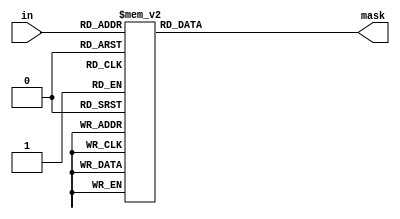
// Copyright 2007 Altera Corporation. All rights reserved.  
// Altera products are protected under numerous U.S. and foreign patents, 
// maskwork rights, copyrights and other intellectual property laws.  
//
// This reference design file, and your use thereof, is subject to and governed
// by the terms and conditions of the applicable Altera Reference Design 
// License Agreement (either as signed by you or found at www.altera.com).  By
// using this reference design file, you indicate your acceptance of such terms
// and conditions between you and Altera Corporation.  In the event that you do
// not agree with such terms and conditions, you may not use the reference 
// design file and please promptly destroy any copies you have made.
//
// This reference design file is being provided on an "as-is" basis and as an 
// accommodation and therefore all warranties, representations or guarantees of 
// any kind (whether express, implied or statutory) including, without 
// limitation, warranties of merchantability, non-infringement, or fitness for
// a particular purpose, are specifically disclaimed.  By making this reference
// design file available, Altera expressly does not recommend, suggest or 
// require that this reference design file be used in combination with any 
// other product not provided by Altera.
/////////////////////////////////////////////////////////////////////////////

module mask_16 (in,mask);
input [3:0] in;
output [15:0] mask;
reg [15:0] mask;

parameter FROM_MSB = 1'b1;
parameter DIAG_ONES = 1'b1;

generate
  if (!FROM_MSB && !DIAG_ONES) begin
    always @(in) begin
    case (in)
      4'd0: mask=16'b0000000000000000;
      4'd1: mask=16'b0000000000000001;
      4'd2: mask=16'b0000000000000011;
      4'd3: mask=16'b0000000000000111;
      4'd4: mask=16'b0000000000001111;
      4'd5: mask=16'b0000000000011111;
      4'd6: mask=16'b0000000000111111;
      4'd7: mask=16'b0000000001111111;
      4'd8: mask=16'b0000000011111111;
      4'd9: mask=16'b0000000111111111;
      4'd10: mask=16'b0000001111111111;
      4'd11: mask=16'b0000011111111111;
      4'd12: mask=16'b0000111111111111;
      4'd13: mask=16'b0001111111111111;
      4'd14: mask=16'b0011111111111111;
      4'd15: mask=16'b0111111111111111;
      default: mask=0;
    endcase
    end
  end
  else if ( FROM_MSB && !DIAG_ONES) begin
    always @(in) begin
    case (in)
      4'd0: mask=16'b0000000000000000;
      4'd1: mask=16'b1000000000000000;
      4'd2: mask=16'b1100000000000000;
      4'd3: mask=16'b1110000000000000;
      4'd4: mask=16'b1111000000000000;
      4'd5: mask=16'b1111100000000000;
      4'd6: mask=16'b1111110000000000;
      4'd7: mask=16'b1111111000000000;
      4'd8: mask=16'b1111111100000000;
      4'd9: mask=16'b1111111110000000;
      4'd10: mask=16'b1111111111000000;
      4'd11: mask=16'b1111111111100000;
      4'd12: mask=16'b1111111111110000;
      4'd13: mask=16'b1111111111111000;
      4'd14: mask=16'b1111111111111100;
      4'd15: mask=16'b1111111111111110;
      default: mask=0;
    endcase
    end
  end
  else if (!FROM_MSB &&  DIAG_ONES) begin
    always @(in) begin
    case (in)
      4'd0: mask=16'b0000000000000001;
      4'd1: mask=16'b0000000000000011;
      4'd2: mask=16'b0000000000000111;
      4'd3: mask=16'b0000000000001111;
      4'd4: mask=16'b0000000000011111;
      4'd5: mask=16'b0000000000111111;
      4'd6: mask=16'b0000000001111111;
      4'd7: mask=16'b0000000011111111;
      4'd8: mask=16'b0000000111111111;
      4'd9: mask=16'b0000001111111111;
      4'd10: mask=16'b0000011111111111;
      4'd11: mask=16'b0000111111111111;
      4'd12: mask=16'b0001111111111111;
      4'd13: mask=16'b0011111111111111;
      4'd14: mask=16'b0111111111111111;
      4'd15: mask=16'b1111111111111111;
      default: mask=0;
    endcase
    end
  end
  else if ( FROM_MSB &&  DIAG_ONES) begin
    always @(in) begin
    case (in)
      4'd0: mask=16'b1000000000000000;
      4'd1: mask=16'b1100000000000000;
      4'd2: mask=16'b1110000000000000;
      4'd3: mask=16'b1111000000000000;
      4'd4: mask=16'b1111100000000000;
      4'd5: mask=16'b1111110000000000;
      4'd6: mask=16'b1111111000000000;
      4'd7: mask=16'b1111111100000000;
      4'd8: mask=16'b1111111110000000;
      4'd9: mask=16'b1111111111000000;
      4'd10: mask=16'b1111111111100000;
      4'd11: mask=16'b1111111111110000;
      4'd12: mask=16'b1111111111111000;
      4'd13: mask=16'b1111111111111100;
      4'd14: mask=16'b1111111111111110;
      4'd15: mask=16'b1111111111111111;
      default: mask=0;
    endcase
    end
  end
endgenerate
endmodule